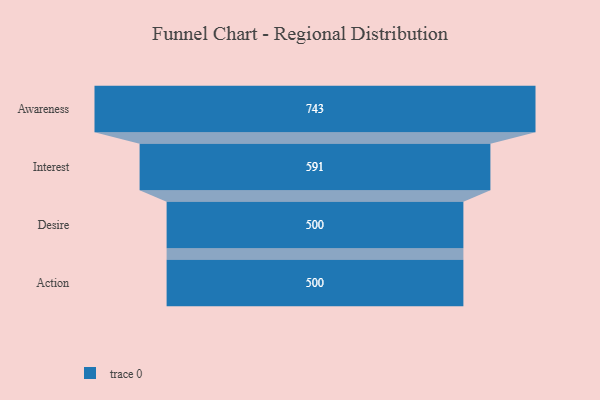
{"axis": {"x": "Stage", "y": "Value"}, "legend": [""], "data": [{"x": "Awareness", "y": 743.0, "type": ""}, {"x": "Interest", "y": 591.0, "type": ""}, {"x": "Desire", "y": 500, "type": ""}, {"x": "Action", "y": 500, "type": ""}]}